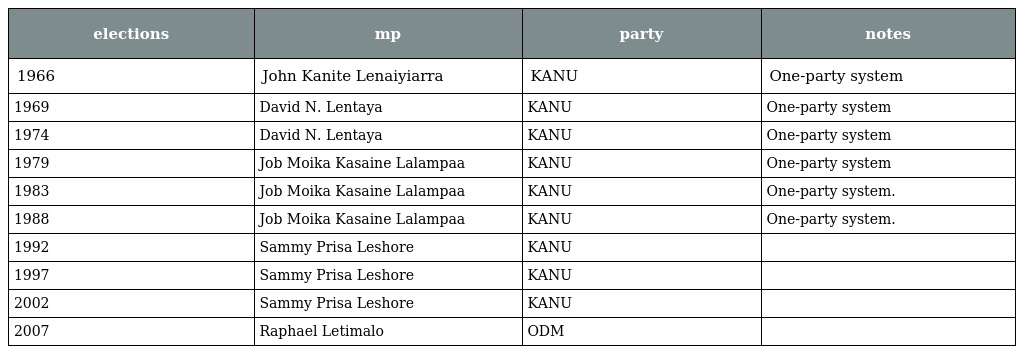
| elections | mp | party | notes |
 | --- | --- | --- | --- |
 | 1966 | John Kanite Lenaiyiarra | KANU | One-party system |
 | 1969 | David N. Lentaya | KANU | One-party system |
 | 1974 | David N. Lentaya | KANU | One-party system |
 | 1979 | Job Moika Kasaine Lalampaa | KANU | One-party system |
 | 1983 | Job Moika Kasaine Lalampaa | KANU | One-party system. |
 | 1988 | Job Moika Kasaine Lalampaa | KANU | One-party system. |
 | 1992 | Sammy Prisa Leshore | KANU |  |
 | 1997 | Sammy Prisa Leshore | KANU |  |
 | 2002 | Sammy Prisa Leshore | KANU |  |
 | 2007 | Raphael Letimalo | ODM |  |